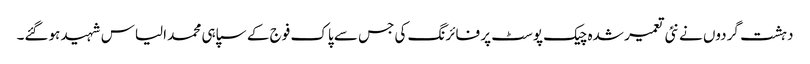
دہشت گردوں نے نئی تعمیر شدہ چیک پوسٹ پر فائرنگ کی جس سے پاک فوج کے سپاہی محمد الیاس شہید ہوگئے۔